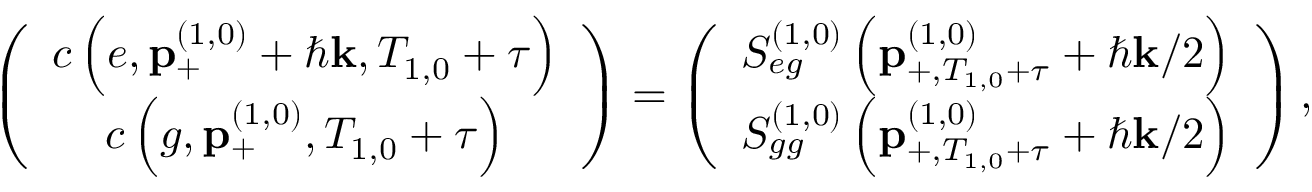
\left( \begin{array} { c } { c \left( e , \mathbf { p } _ { + } ^ { \left( 1 , 0 \right) } + \hbar \mathbf { k } , T _ { 1 , 0 } + \tau \right) } \\ { c \left( g , \mathbf { p } _ { + } ^ { \left( 1 , 0 \right) } , T _ { 1 , 0 } + \tau \right) } \end{array} \right) = \left( \begin{array} { c } { S _ { e g } ^ { \left( 1 , 0 \right) } \left( \mathbf { p } _ { + , T _ { 1 , 0 } + \tau } ^ { \left( 1 , 0 \right) } + \hbar \mathbf { k } / 2 \right) } \\ { S _ { g g } ^ { \left( 1 , 0 \right) } \left( \mathbf { p } _ { + , T _ { 1 , 0 } + \tau } ^ { \left( 1 , 0 \right) } + \hbar \mathbf { k } / 2 \right) } \end{array} \right) ,